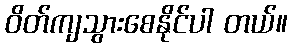
ဝိတ်ကျသွားစေနိုင်ပါ တယ်။